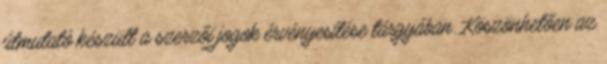
útmutató készült a szerzői jogok érvényesítése tárgyában. Köszönhetően az